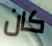
كان